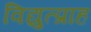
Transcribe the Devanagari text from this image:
विद्युत्प्राह